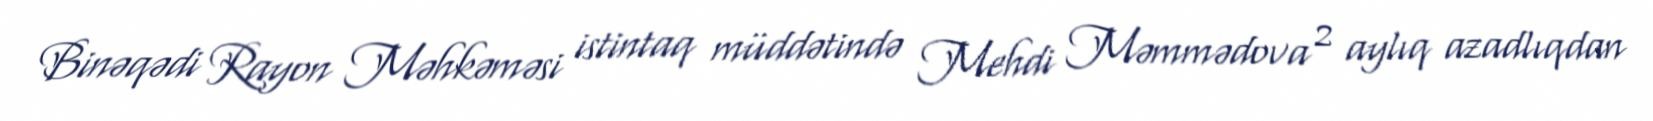
Binəqədi Rayon Məhkəməsi istintaq müddətində Mehdi Məmmədova 2 aylıq azadlıqdan